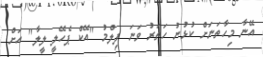
އޭނާ މިހާތަނަށް ކުޅުނު ހަތަރު ވަނަ ފިލްމު "އޭކް ޕެހޭލީ ލީލާ" އަށް